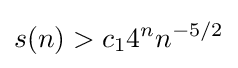
s(n)>c_{1}4^{n}n^{-5/2}